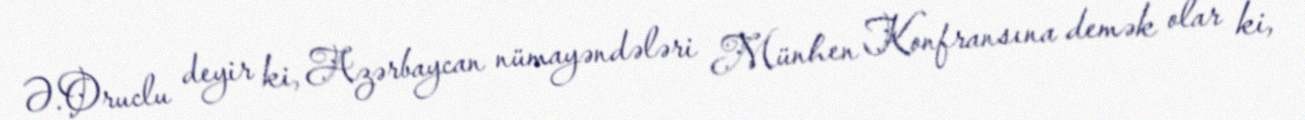
Ə.Oruclu deyir ki, Azərbaycan nümayəndələri Münhen Konfransına demək olar ki,